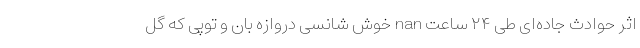
اثر حوادث جاده‌ای طی ۲۴ ساعت nan خوش شانسی دروازه ‌بان و توپی که گل